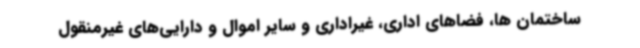
ساختمان ها، فضاهای اداری، غیراداری و سایر اموال و دارایی‌های غیرمنقول